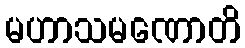
မဟာသမဏောတိ